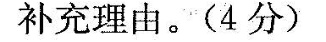
补充理由。(4分）